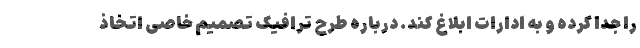
را جدا کرده و به ادارات ابلاغ کند. درباره طرح ترافیک تصمیم خاصی اتخاذ